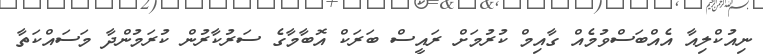
ނިއުކްލިއާ އެއްބަަސްވުމެއް ގާއިމް ކުރުމަށް ރައީސް ބަރަކް އޮބާމާގެ ސަރުކާރުން ކުރަމުންދާ މަސައްކަތާ